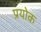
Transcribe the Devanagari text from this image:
प्रयोक